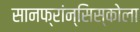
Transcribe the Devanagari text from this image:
सानफ्रांन्सिस्कोला